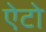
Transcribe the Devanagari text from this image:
ऐटो